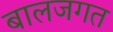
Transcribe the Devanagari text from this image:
बालजगत